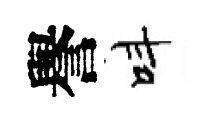
譽呌